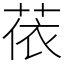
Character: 𦲤